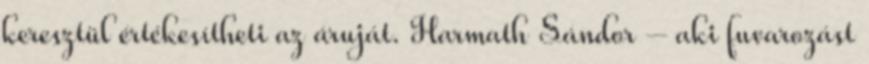
keresztül értékesítheti az áruját. Harmath Sándor – aki fuvarozást